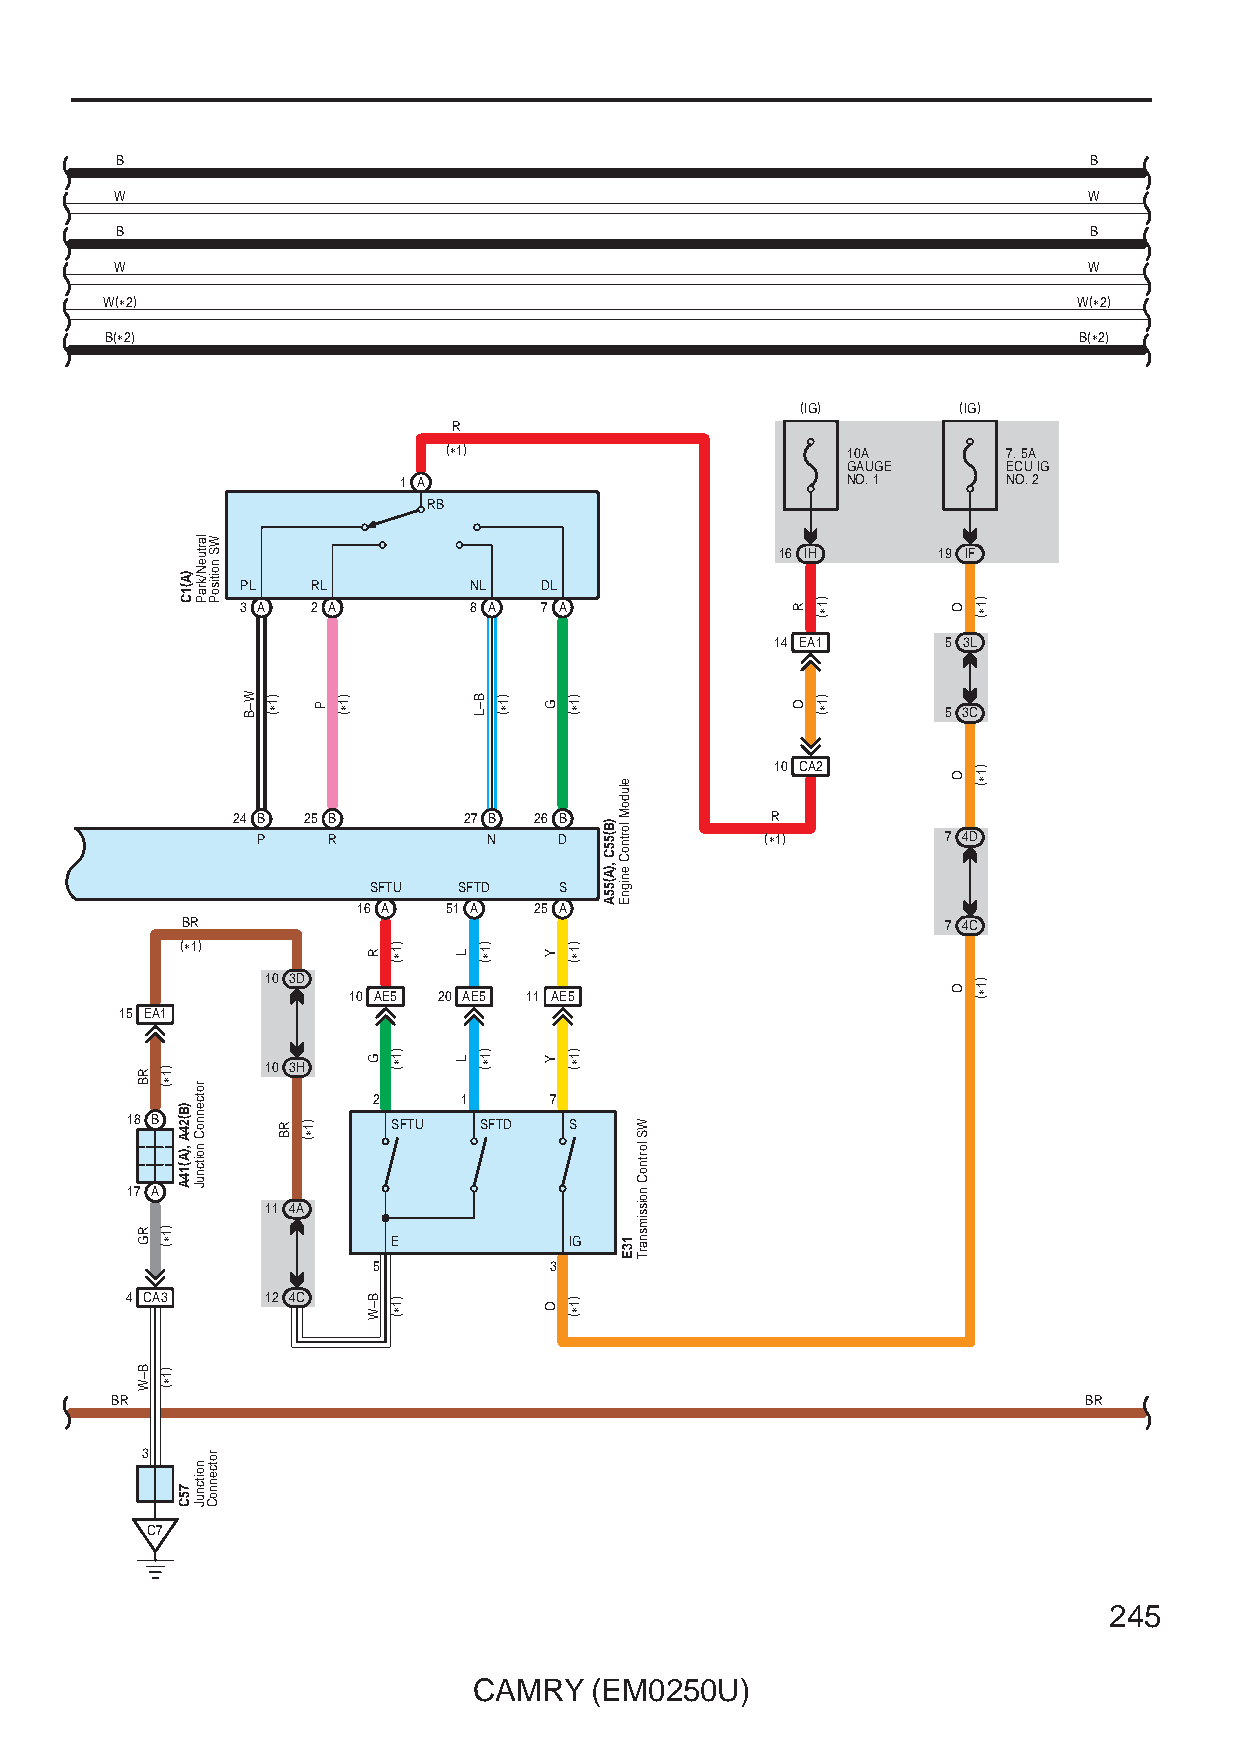
B                                                               B
 W                                                               W
 B                                                               B
 W                                                               W
 W(∗2)                                                           W(∗2)
 B(∗2)                                                           B(∗2)
 (IG)      (IG)
 R
 (∗1)                       10A        7. 5A
 GAUGE      ECU IG
 1 A                           NO. 1      NO. 2
 RB
 16 IH     19 IF
 PL   RL        NL   DL
 3 A  2 A       8 A  7 A
 14 EA1      5 3L
 5 3C
 10 CA2
 24 B 25 B       27 B 26 B           R
 P    R         N    D             (∗1)        7 4D
 SFTU  SFTD   S
 16 A  51 A 25 A
 BR                                                 7 4C
 (∗1)
 10 3D
 10 AE5 20 AE5 11 AE5
 15 EA1
 10 3H
 2     1    7
 18 B              SFTU  SFTD  S
 17 A
 11 4A
 E           IG
 5          3
 4 CA3     12 4C
 BR                                                               BR
 3
 C7
 245
 CAMRY   (EM0250U)
 RB
 RG
 B–W
 )1∗(
 )1∗(
 )1∗(
 )A(1C
 )B(24A
 ,)A(14A
 75C
 lartueN/kraP
 rotcennoC
 noitcnuJ
 noitcnuJ
 WS
 noitisoP
 rotcennoC
 W–B )1∗(
 RB )1∗(
 P
 )1∗(
 R
 G
 B–W
 )1∗(
 )1∗(
 )1∗(
 L
 L
 B–L
 )1∗(
 )1∗(
 )1∗(
 G
 Y
 Y
 O
 )1∗(
 )1∗(
 )1∗(
 )1∗(
 )B(55C
 ,)A(55A
 eludoM
 lortnoC
 enignE
 13E
 WS
 lortnoC
 noissimsnarT
 R
 O
 )1∗(
 )1∗(
 O
 O
 O
 )1∗(
 )1∗(
 )1∗(